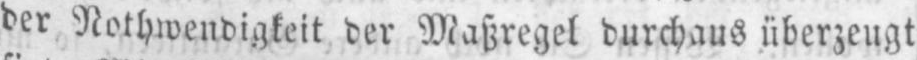
der Nothwendigkeit der Maßregel durchaus überzeugt